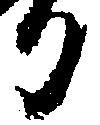
日